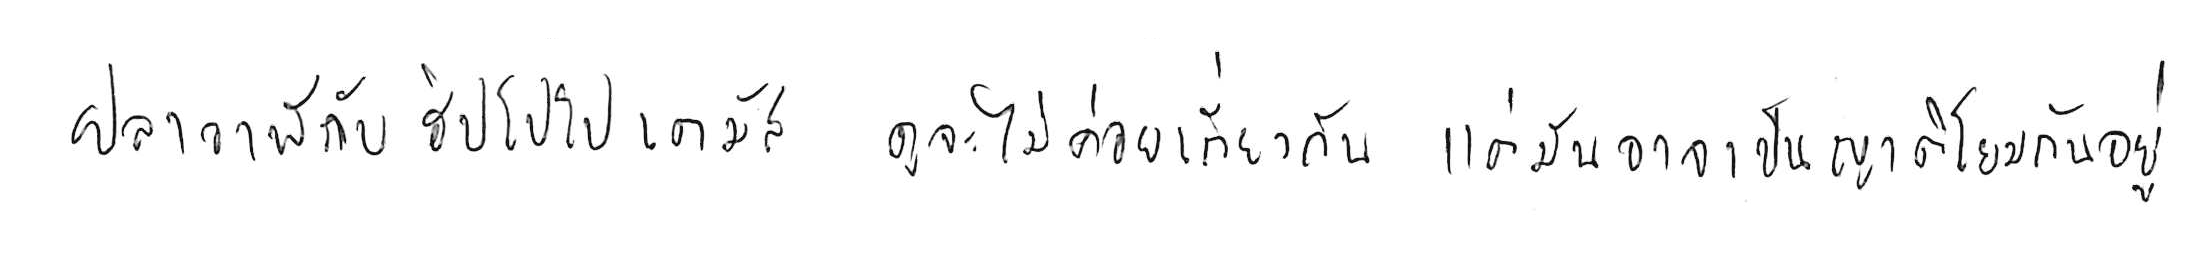
ปลาวาฬ กับ ฮิปโปโปเตมัส ดูจะไม่ค่อยเกี่ยวกัน แต่มันอาจเป็นญาติโยมกันอยู่